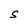
Character: S